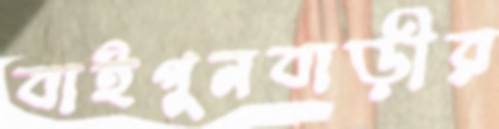
বাইগুনবাড়ীর